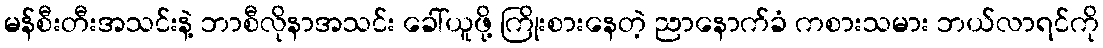
မန်စီးတီးအသင်းနဲ့ ဘာစီလိုနာအသင်း ခေါ်ယူဖို့ ကြိုးစားနေတဲ့ ညာနောက်ခံ ကစားသမား ဘယ်လာရင်ကို